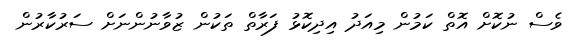
ވެސް ނުކޮށް އޮތް ކަމުން މިއަދު އިދިކޮޅު ފަރާތް ތަކުން ޒުވާނުންނަށް ސަރުކާރުން